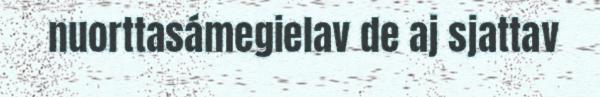
nuorttasámegielav de aj sjattav